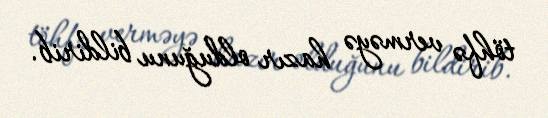
töhfə verməyə hazır olduğunu bildirib.